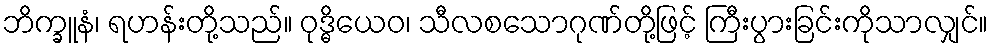
ဘိက္ခူနံ၊ ရဟန်းတို့သည်။ ဝုဒ္ဓိယေဝ၊ သီလစသောဂုဏ်တို့ဖြင့် ကြီးပွားခြင်းကိုသာလျှင်။